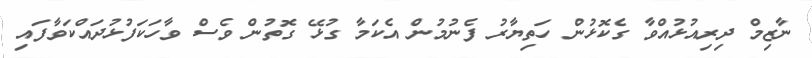
ނާޒިމް ދިރިއުޅުއްވާ ގެކޮޅުން ހަތިޔާރު ފެނުމުން އެކަމާ ގުޅޭ ގޮތުން ވެސް ވާހަކަފުޅުދައްކަވާފައި